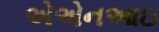
એએનઆઇ